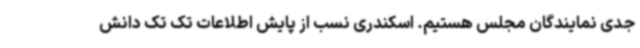
جدی نمایندگان مجلس هستیم. اسکندری نسب از پایش اطلاعات تک تک دانش